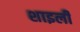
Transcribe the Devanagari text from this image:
शाइली